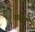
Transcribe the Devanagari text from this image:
च्वाङ्